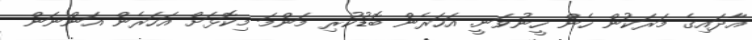
އާދައިގެ މަރަކުން ހެން ހީނުވަނީ. އަހަރެން ބޮޑުކުރި މަންމަ މިކޮޅަށް އަހަރެން އަންނަން